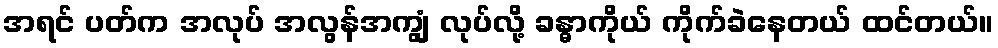
အရင် ပတ်က အလုပ် အလွန်အကျွံ လုပ်လို့ ခန္ဓာကိုယ် ကိုက်ခဲနေတယ် ထင်တယ်။